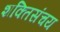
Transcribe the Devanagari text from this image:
शक्तिसंचय